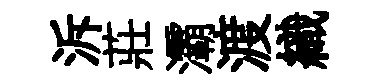
泝莊灞渡織